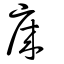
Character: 庲